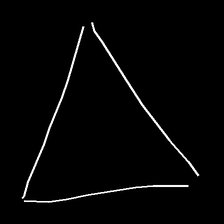
Glyph: convergence